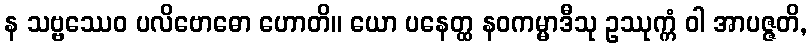
န သဗ္ဗဿေဝ ပလိဗောဓော ဟောတိ။ ယော ပနေတ္ထ နဝကမ္မာဒီသု ဥဿုက္ကံ ဝါ အာပဇ္ဇတိ,